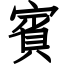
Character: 賓